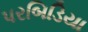
પરબિડિયા